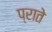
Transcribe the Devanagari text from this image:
प्राते